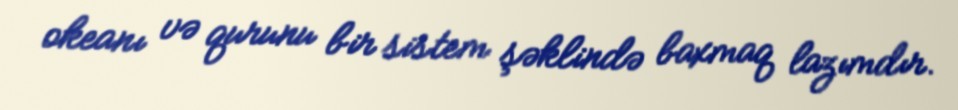
okeanı və qurunu bir sistem şəklində baxmaq lazımdır.